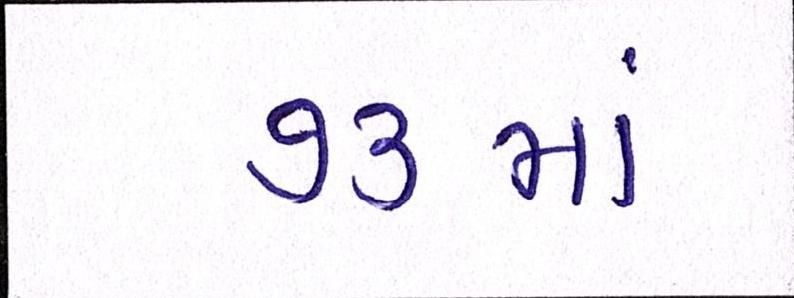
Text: ૭૩માં